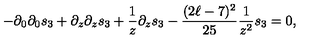
- \partial _ { 0 } \partial _ { 0 } s _ { 3 } + \partial _ { z } \partial _ { z } s _ { 3 } + { \frac { 1 } { z } } \partial _ { z } s _ { 3 } - { \frac { ( 2 \ell - 7 ) ^ { 2 } } { 2 5 } } { \frac { 1 } { z ^ { 2 } } } s _ { 3 } = 0 ,